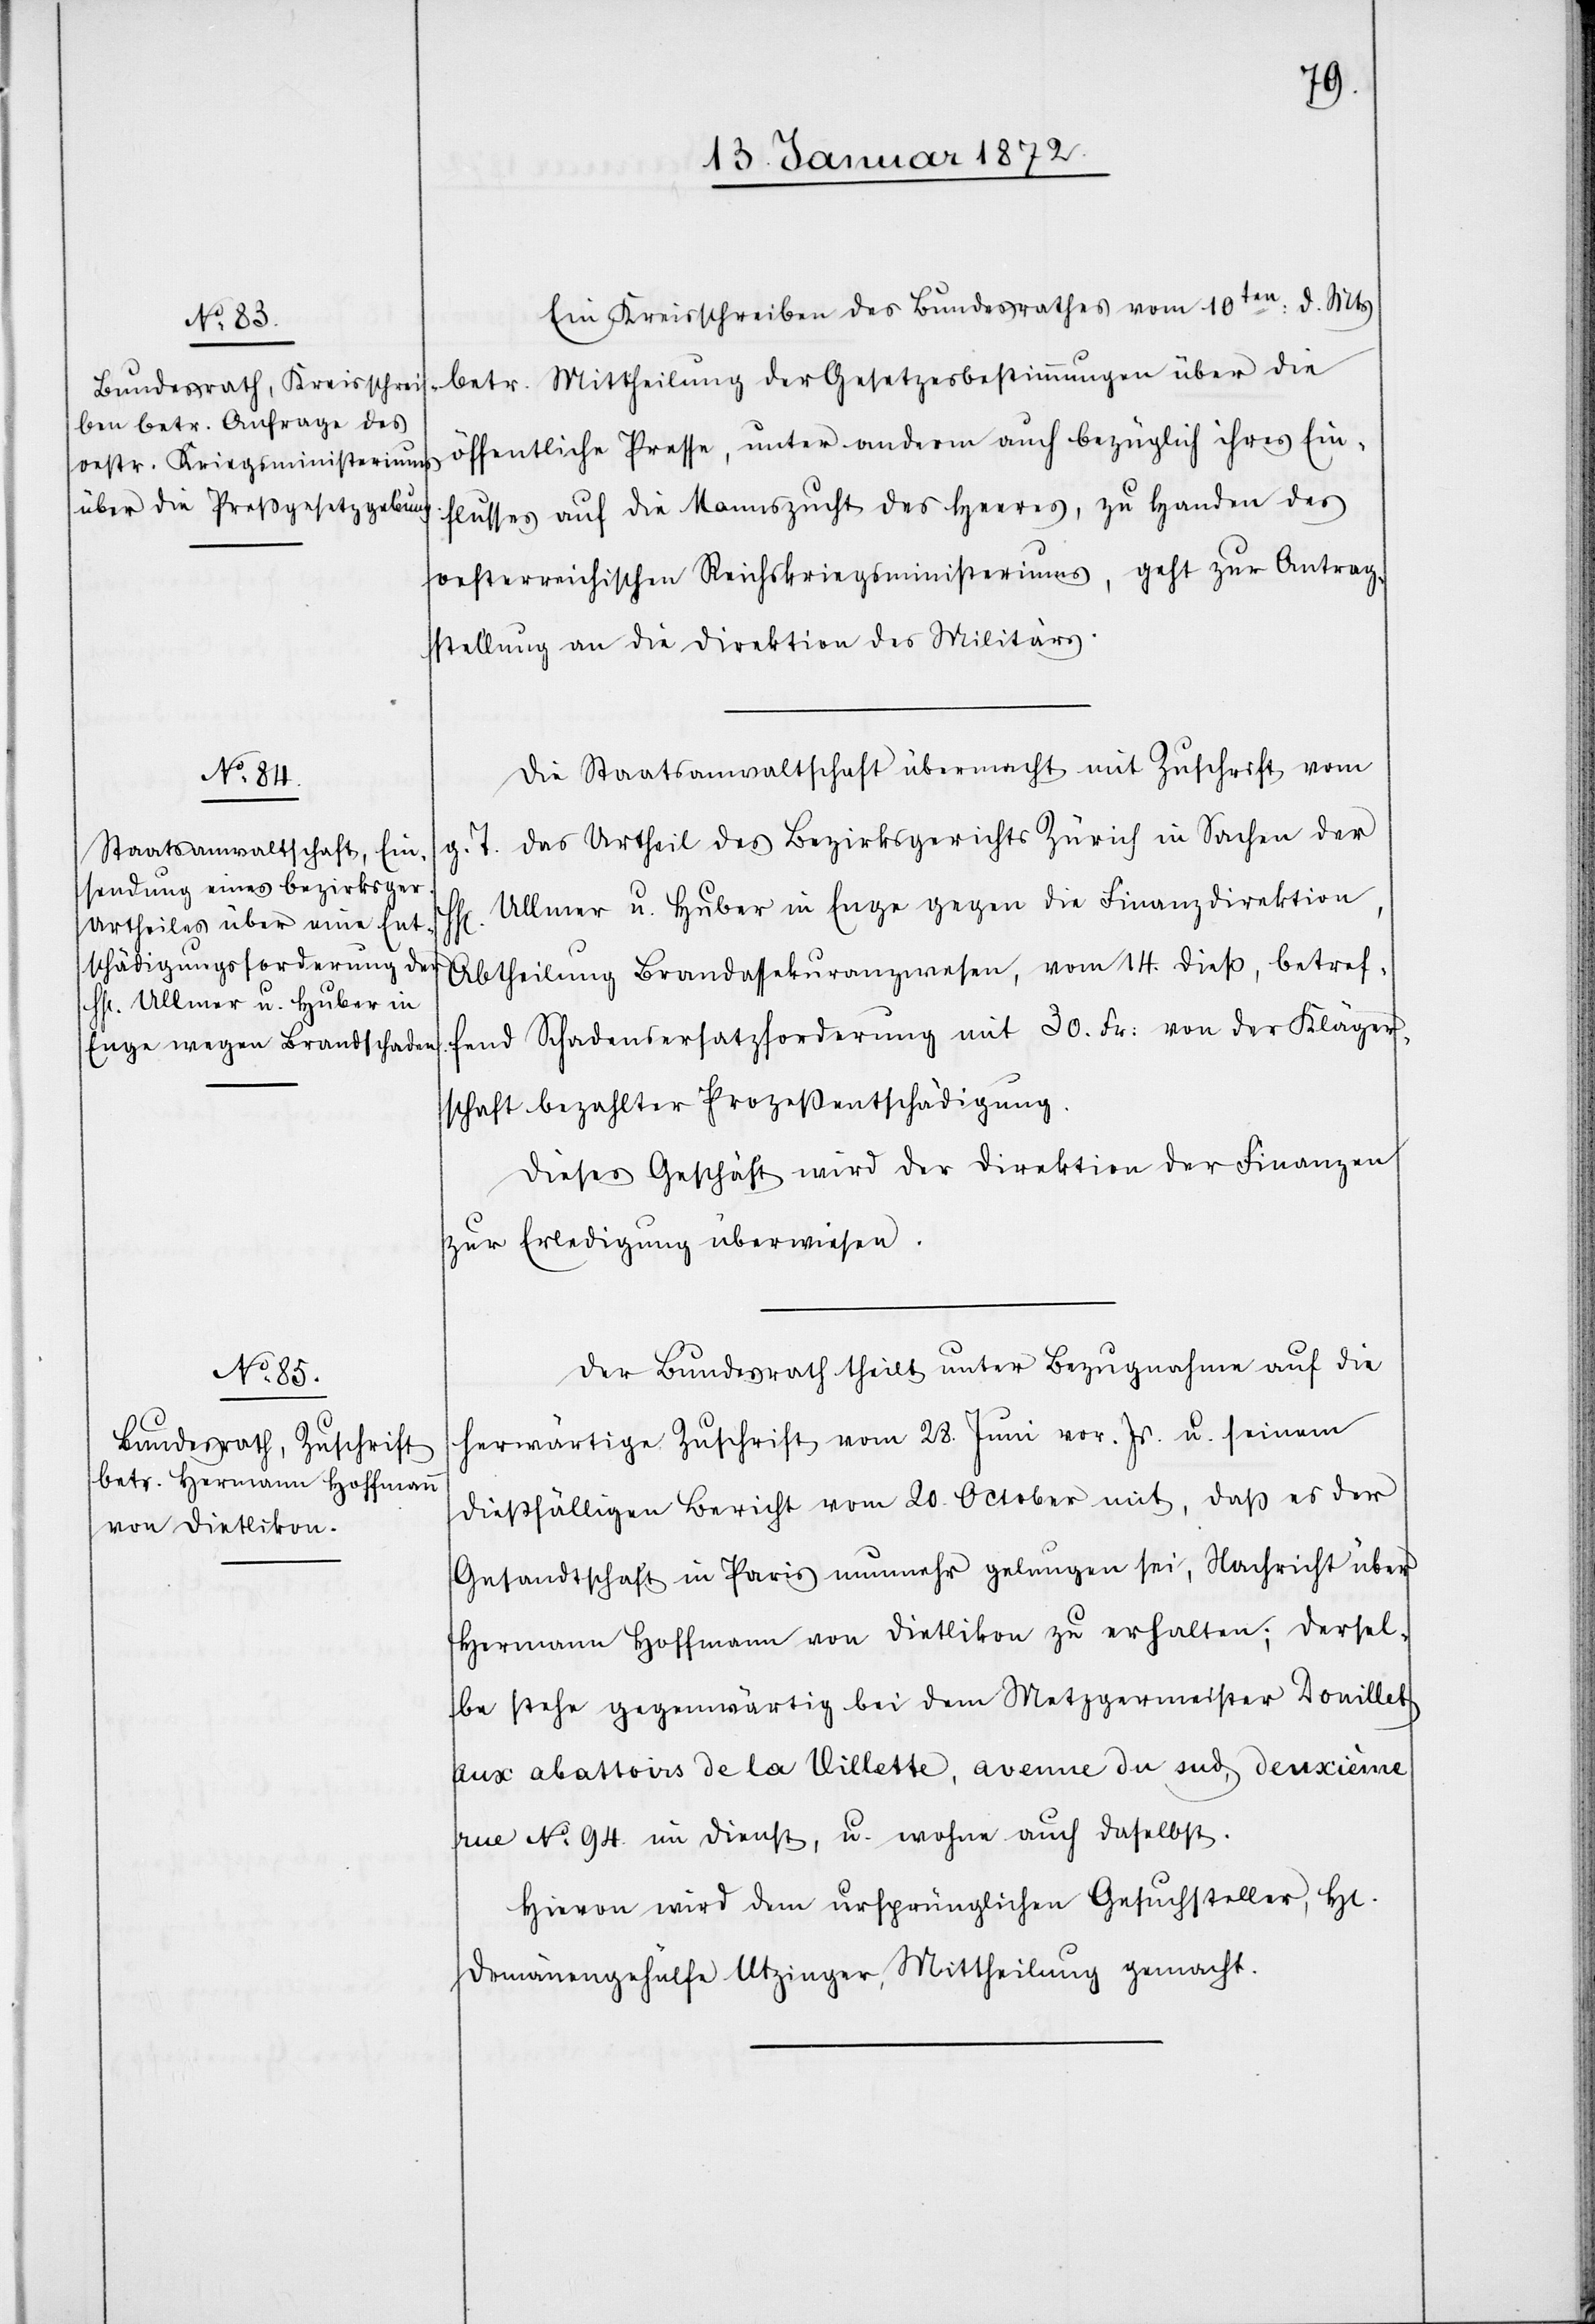
17. Januar 1872.]
Ein Kreisschreiben des Bundesrathes vom 10ten: d. Mts
betr. Mittheilung der Gesetzesbestimmungen über die
öffentliche Presse, unter anderm auch bezüglich ihres Ein¬
flusses auf die Mannszucht des Heeres, zu Handen des
oesterreichischen Reichskriegsministeriums, geht zur Antrag¬
stellung an die Direktion des Militärs.
Die Staatsanwaltschaft übermacht mit Zuschrift vom
g. T. das Urtheil des Bezirksgerichts Zürich in Sachen der
HH. Ullmer u. Huber in Enge gegen die Finanzdirektion,
Abtheilung Brandassekuranzwesen, vom 14. dieß, betref¬
fend Schadensersatzforderung mit 30. Fr: von der Kläger¬
schaft bezahlter Prozeßentschädigung.
Dieses Geschäft wird der Direktion der Finanzen
zur Erledigung überwiesen.
Der Bundesrath theilt unter Bezugnahme auf die
herwärtige Zuschrift vom 28. Juni vor. Js. u. seinem
dießfälligen Bericht von 20. October mit, daß es der
Gesandtschaft in Paris nunmehr gelungen sei, Nachricht über
Hermann Hoffmann von Dietlikon zu erhalten; dersel¬
be stehe gegenwärtig bei dem Metzgermeister Douillet
aux abattoirs de la Villette, avenue du sud, deuxième
rue No. 94. in Dienst, u. wohne auch daselbst.
Hievon wird dem ursprünglichen Gesuchsteller, Hr.
Domänengehülfe Utzinger, Mittheilung gemacht.